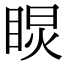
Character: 𥇏